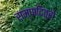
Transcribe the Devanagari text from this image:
सम्पादित्रों